Scottish Leaving Certificate Examination, 1956
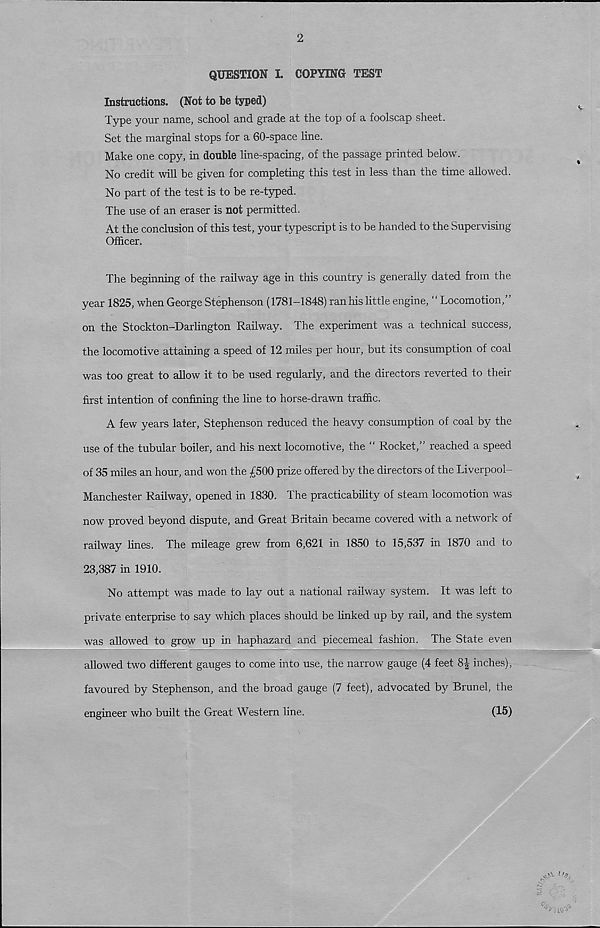
2
QUESTION I. COPYING TEST
Instructions. (Not to be typed)
Type your name, school and grade at the top of a foolscap sheet.
Set the marginal stops for a 60-space line.
Make one copy, in double line-spacing, of the passage printed below.
No credit will be given for completing this test in less than the time allowed.
No part of the test is to be re-typed.
The use of an eraser is not permitted.
At the conclusion of this test, your typescript is to be handed to the Supervising
Officer.
The beginning of the railway age in this country is generally dated from the
year 1825, when George Stephenson (1781-1848) ran his little engine, “ Locomotion,’
on the Stockton-Darlington Railway. The experiment was a technical success,
the locomotive attaining a speed of 12 miles per hour, but its consumption of coal
was too great to allow it to be used regularly, and the directors reverted to their
first intention of confining the line to horse-drawn traffic.
A few years later, Stephenson reduced the heavy consumption of coal by the
use of the tubular boiler, and his next locomotive, the “ Rocket,” reached a speed
of 35 miles an hour, and won the £500 prize offered by the directors of the Liverpool-
Manchester Railway, opened in 1830. The practicability of steam locomotion was
now proved beyond dispute, and Great Britain became covered with a network of
railway lines. The mileage grew from 6,621 in 1850 to 15,537 in 1870 and to
23,387 in 1910.
No attempt was made to lay out a national railway system. It was left to
private enterprise to say which places should be linked up by rail, and the system
was allowed to grow up in haphazard and piecemeal fashion. The State even
allowed two different gauges to come into use, the narrow gauge (4 feet 8|- inches),
favoured by Stephenson, and the broad gauge (7 feet), advocated by Brunei, the
engineer who built the Great Western line.
(15)